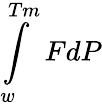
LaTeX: \int\limits_{w}^{Tm}FdP